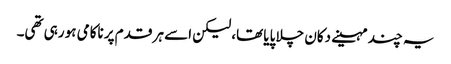
یہ چند مہینے دکان چلا پایا تھا، لیکن اسے ہر قدم پر ناکامی ہو رہی تھی۔